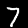
Digit: 7